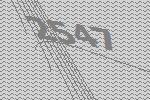
2547